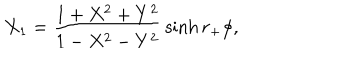
X _ { 1 } = { \frac { 1 + X ^ { 2 } + Y ^ { 2 } } { 1 - X ^ { 2 } - Y ^ { 2 } } } \sinh r _ { + } \phi ,